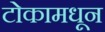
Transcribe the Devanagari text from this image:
टोकामधून